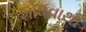
શોધવાથી